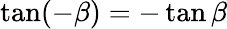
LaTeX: \tan(-\beta)=-\tan\beta